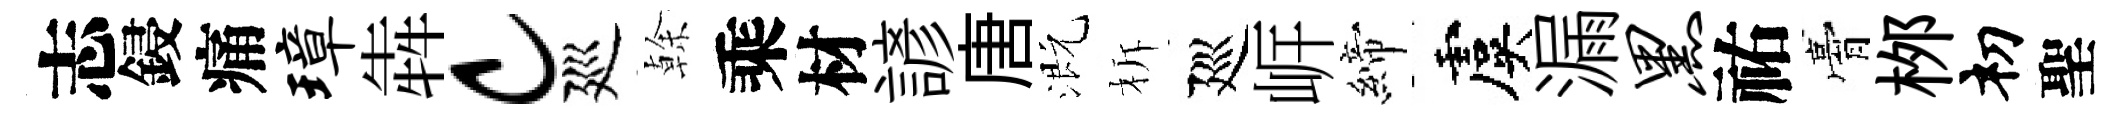
志鋟痛璋犇c廵𠏉乘材諺唐溉柝廵㟁締虞漏黑祐膏桞𥘉聖